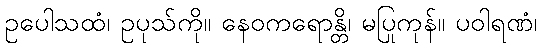
ဥပေါသထံ၊ ဥပုသ်ကို။ နေဝကရောန္တိ၊ မပြုကုန်။ ပဝါရဏံ၊